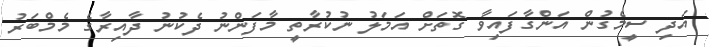
އަދި ސީމެގުން އަންގާފައިވާ ގޮތަށް އަމަލު ނުކުރާތީ މާފަންނު ދެކުނު ދާއިރާގެ މެމްބަރު